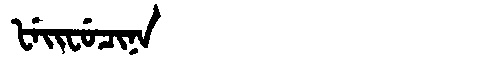
Manchu: ᡶᡝᡳᠸᡠᠴᡳᠨᠠ
Romanization: FEIFUCINA